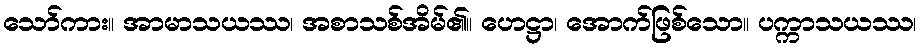
သော်ကား။ အာမာသယဿ၊ အစာသစ်အိမ်၏။ ဟေဋ္ဌာ၊ အောက်ဖြစ်သော။ ပက္ကာသယဿ၊